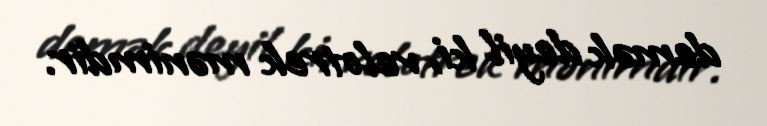
demək deyil ki, velotrek mənimdir.